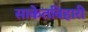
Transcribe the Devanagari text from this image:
साकेतविहारी